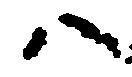
八